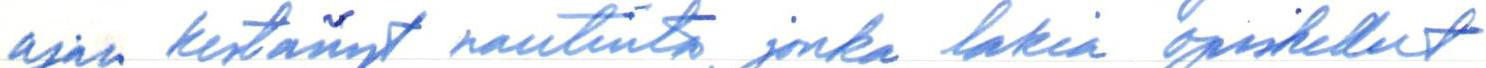
ajan kestänyt nautinto, jonka lakia opiskellut